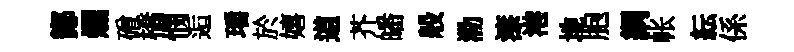
鄼爛磳橋憫逅瑶於嬉道芥皤般泐漆港地胞綱帐紜係